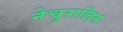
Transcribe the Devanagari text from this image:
नेचुरालिस